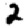
Digit: 2